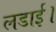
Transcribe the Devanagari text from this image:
लडाई।